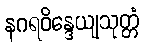
နဂရဝိန္ဒေယျသုတ္တံ